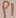
Text: P1